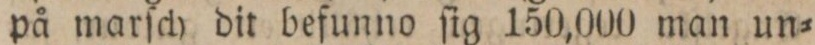
på marſch dit befunno ſig 150,000 man un=